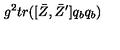
g ^ { 2 } t r ( [ \bar { Z } , \bar { Z } ^ { \prime } ] q _ { b } q _ { b } )